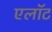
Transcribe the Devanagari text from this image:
एलॉट